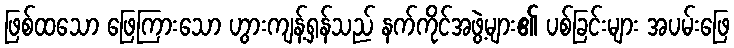
ဖြစ်ထသော ဖြေကြားသော ဟွားကျန့်ရှန်သည် နက်ကိုင်အဖွဲ့များ၏ ပစ်ခြင်းများ အပမ်းဖြေ